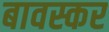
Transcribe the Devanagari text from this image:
बावस्कर